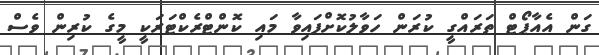
ގަން އެއާޕޯޓް ތަރައްގީ ކުރަން ހަވާލުކޮށްފައިވާ މައި ކޮންޓްރެކްޓަރަކީ މީގެ ކުރިން ވެސް